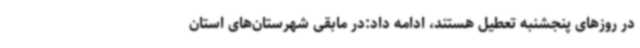
در روزهای پنجشنبه تعطیل هستند، ادامه داد:در مابقی شهرستان‌های استان